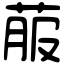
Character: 菔